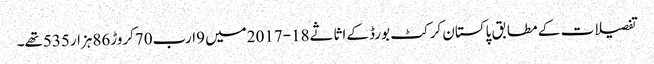
تفصیلات کے مطابق پاکستان کرکٹ بورڈ کےاثاثے18-2017میں 9ارب70کروڑ86ہزار535تھے۔